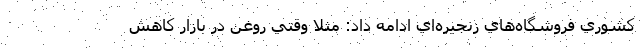
كشوري فروشگاه‌هاي زنجيره‌اي ادامه داد: مثلا وقتي روغن در بازار كاهش